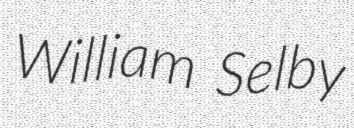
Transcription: William Selby